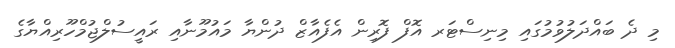
މި ދެ ބައްދަލުވުމުގައި މިނިސްޓަރ އޮފް ފޮރިން އެފެއާޒް ދުންޔާ މައުމޫނާއި ރައީސުލްޖުމްހޫރިއްޔާގެ